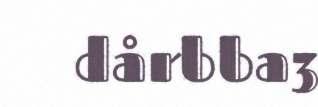
dårbba3